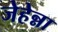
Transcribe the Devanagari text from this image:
जेहेन्ना